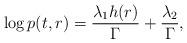
LaTeX: \begin{align*} \log{p(t,r)}=\frac{\lambda_1 h(r)}{\Gamma} + \frac{\lambda_2}{\Gamma},\end{align*}